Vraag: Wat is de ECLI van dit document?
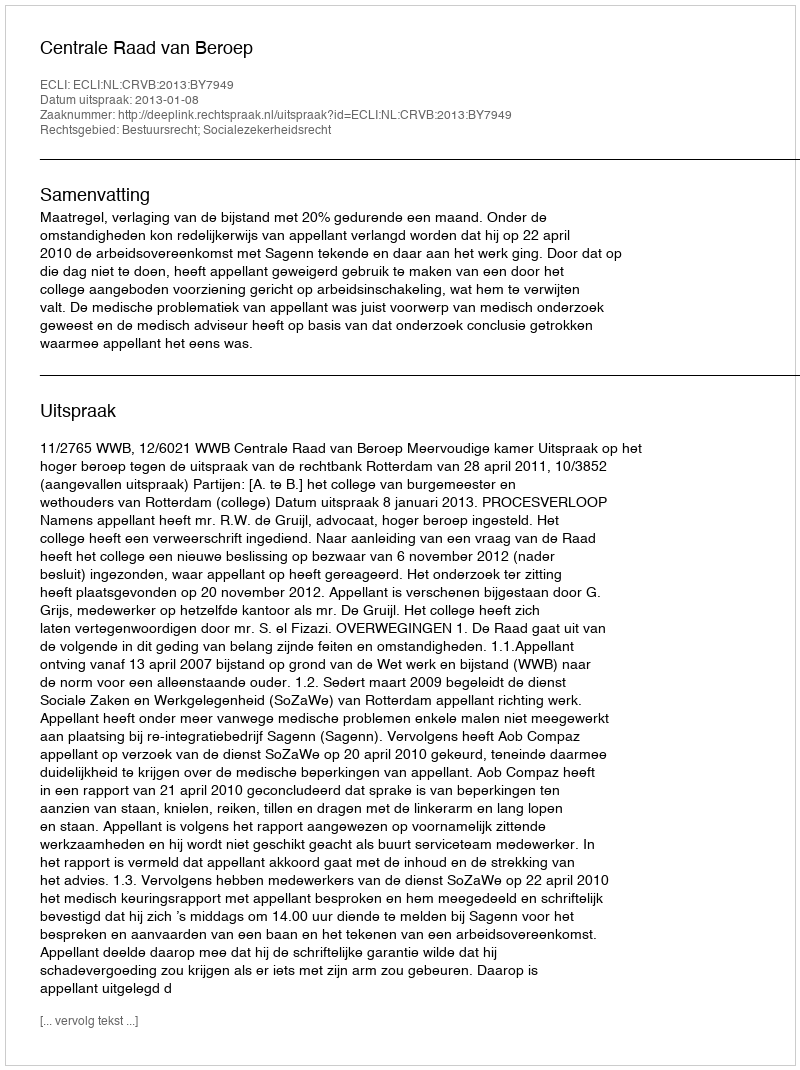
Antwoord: ECLI:NL:CRVB:2013:BY7949